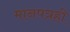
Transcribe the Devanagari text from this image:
मानपत्रही